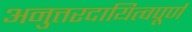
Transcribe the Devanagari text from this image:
अनुत्तरदायित्वपूर्ण